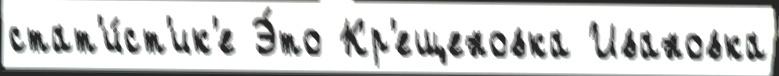
стат'и́ст'ик'е Э́то Кр'ещеновка Ивановка